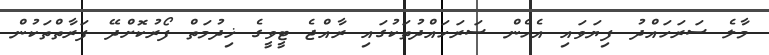
މާލެ ސަރަހައްދު ފިޔަވައި އެހެން ސަރަހައްދުތަކުގައި ރާއްޖެ ޓީވީގެ ޚިދުމަތް ފޯރުކޮށްދޭ ފަރާތްތަކުން